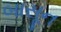
બાસૂન